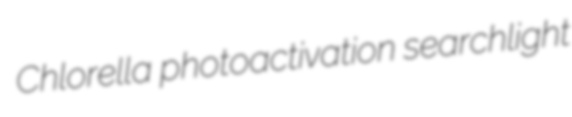
Chlorella photoactivation searchlight